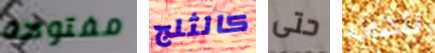
مفتوحة كالثلج حتى تتهرب